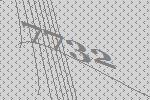
7732